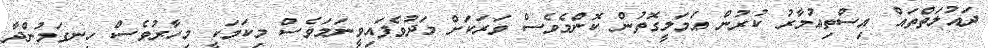
ދައުލަތްތައް އިސްތިޢުމާރު ކުރުން ޢަމަލީގޮތުން ކޮންމެވެސް ވަރަކަށް މަދުވެފައިވީނަމަވެސް މިކަމަކީ މިހާރުވެސް ހިނގަމުންދާ